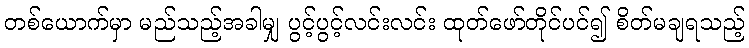
တစ်ယောက်မှာ မည်သည့်အခါမျှ ပွင့်ပွင့်လင်းလင်း ထုတ်ဖော်တိုင်ပင်၍ စိတ်မချရသည့်